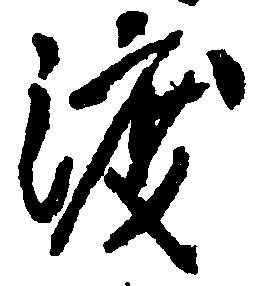
渡